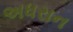
અધરાન